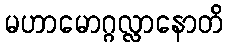
မဟာမောဂ္ဂလ္လာနောတိ